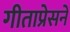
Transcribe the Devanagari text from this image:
गीताप्रेसने